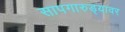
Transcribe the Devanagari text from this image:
सापगारुड्यावर